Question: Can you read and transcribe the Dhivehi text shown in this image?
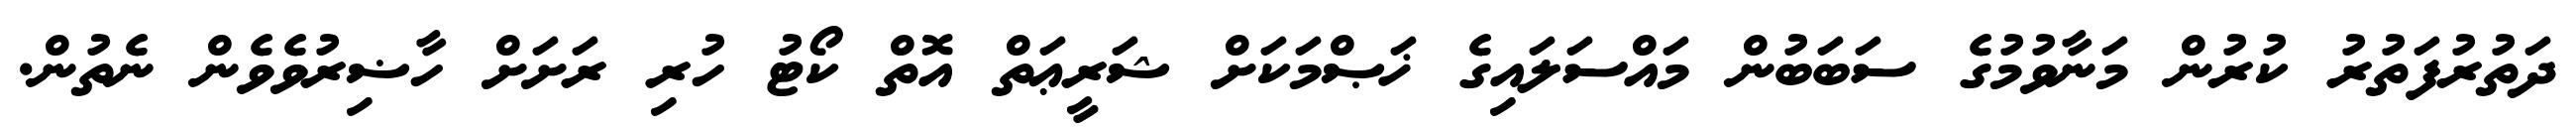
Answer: ދަތުރުފަތުރު ކުރުން މަނާވުމުގެ ސަބަބުން މައްސަލައިގެ ޚަޞްމަކަށް ޝަރީޢަތް އޮތް ކޯޓު ހުރި ރަށަށް ހާޟިރުވެވެން ނެތުން.